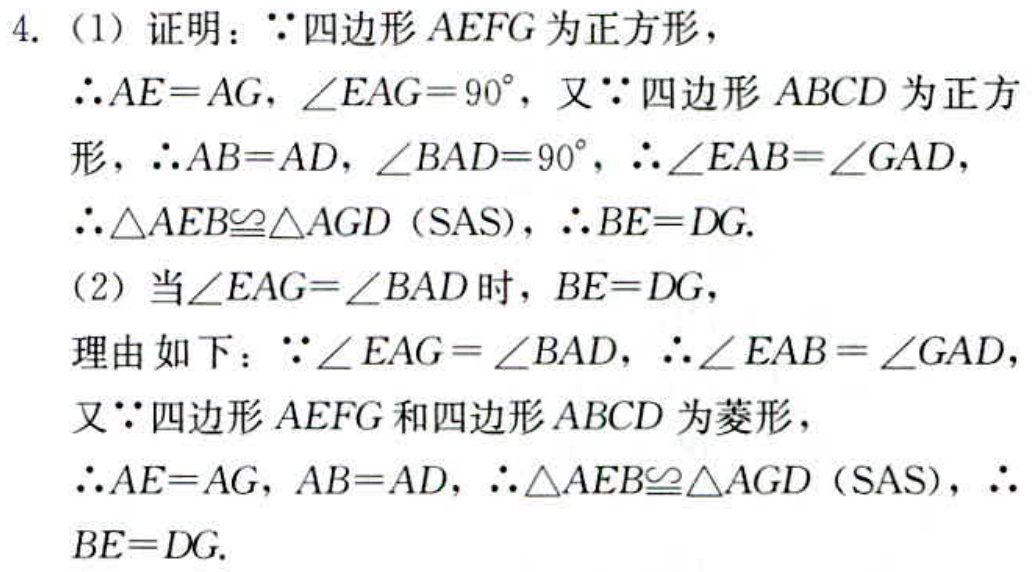
4. (1) 证明：$\because$四边形$AEFG$为正方形，
$\therefore AE = AG$，$\angle EAG = 90^{\circ}$，又$\because$四边形$ABCD$为正方形，$\therefore AB = AD$，$\angle BAD = 90^{\circ}$，$\therefore\angle EAB=\angle GAD$，
$\therefore\triangle AEB\cong\triangle AGD$（SAS），$\therefore BE = DG$.
(2) 当$\angle EAG=\angle BAD$时，$BE = DG$，
理由如下：$\because\angle EAG=\angle BAD$，$\therefore\angle EAB=\angle GAD$，
又$\because$四边形$AEFG$和四边形$ABCD$为菱形，
$\therefore AE = AG$，$AB = AD$，$\therefore\triangle AEB\cong\triangle AGD$（SAS），$\therefore$
$BE = DG$.